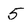
Character: 5